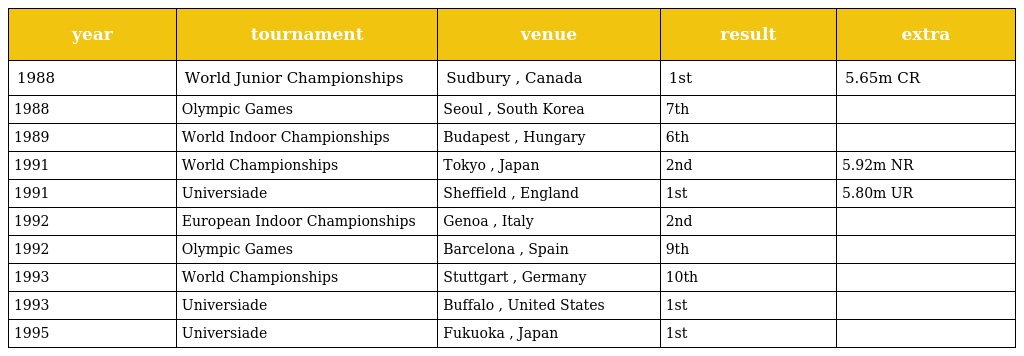
| year | tournament | venue | result | extra |
 | --- | --- | --- | --- | --- |
 | 1988 | World Junior Championships | Sudbury , Canada | 1st | 5.65m CR |
 | 1988 | Olympic Games | Seoul , South Korea | 7th |  |
 | 1989 | World Indoor Championships | Budapest , Hungary | 6th |  |
 | 1991 | World Championships | Tokyo , Japan | 2nd | 5.92m NR |
 | 1991 | Universiade | Sheffield , England | 1st | 5.80m UR |
 | 1992 | European Indoor Championships | Genoa , Italy | 2nd |  |
 | 1992 | Olympic Games | Barcelona , Spain | 9th |  |
 | 1993 | World Championships | Stuttgart , Germany | 10th |  |
 | 1993 | Universiade | Buffalo , United States | 1st |  |
 | 1995 | Universiade | Fukuoka , Japan | 1st |  |